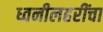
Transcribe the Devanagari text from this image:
ध्वनीलहरींचा